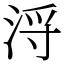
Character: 浖